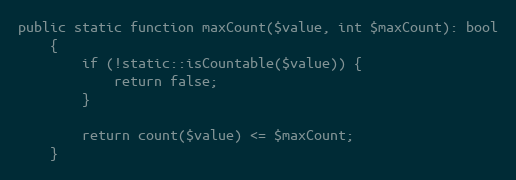
Language: PHP
public static function maxCount($value, int $maxCount): bool
    {
        if (!static::isCountable($value)) {
            return false;
        }

        return count($value) <= $maxCount;
    }